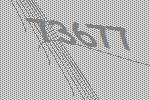
73677